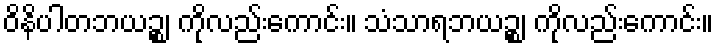
ဝိနိပါတဘယဉ္စ၊ ကိုလည်းကောင်း။ သံသာရဘယဉ္စ၊ ကိုလည်းကောင်း။